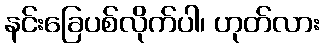
နင်းခြေပစ်လိုက်ပါ၊ ဟုတ်လား